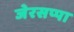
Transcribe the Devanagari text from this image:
जेरसप्पा